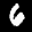
Label: 6